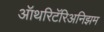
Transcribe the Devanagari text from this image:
ऑथरिटॅरिअनिझम